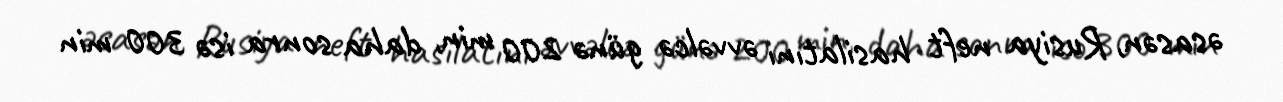
əsasən, Rusiya neft hasilatını əvvəlcə günə 200 min, daha sonra isə 300 min